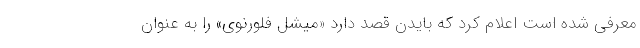
معرفی شده است اعلام کرد که بایدن قصد دارد «میشل فلورنوی» را به عنوان